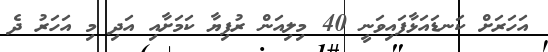
އަހަރަށް ކަނޑައަޅާފައިވަނީ 40 މިލިއަން ރުފިޔާ ކަމަށާއި އަދި މި އަހަރު ދެ